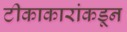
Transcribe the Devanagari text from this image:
टीकाकारांकडून